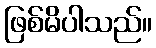
ဖြစ်မိပါသည်။